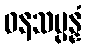
ဝနသမ္ပန္နံ